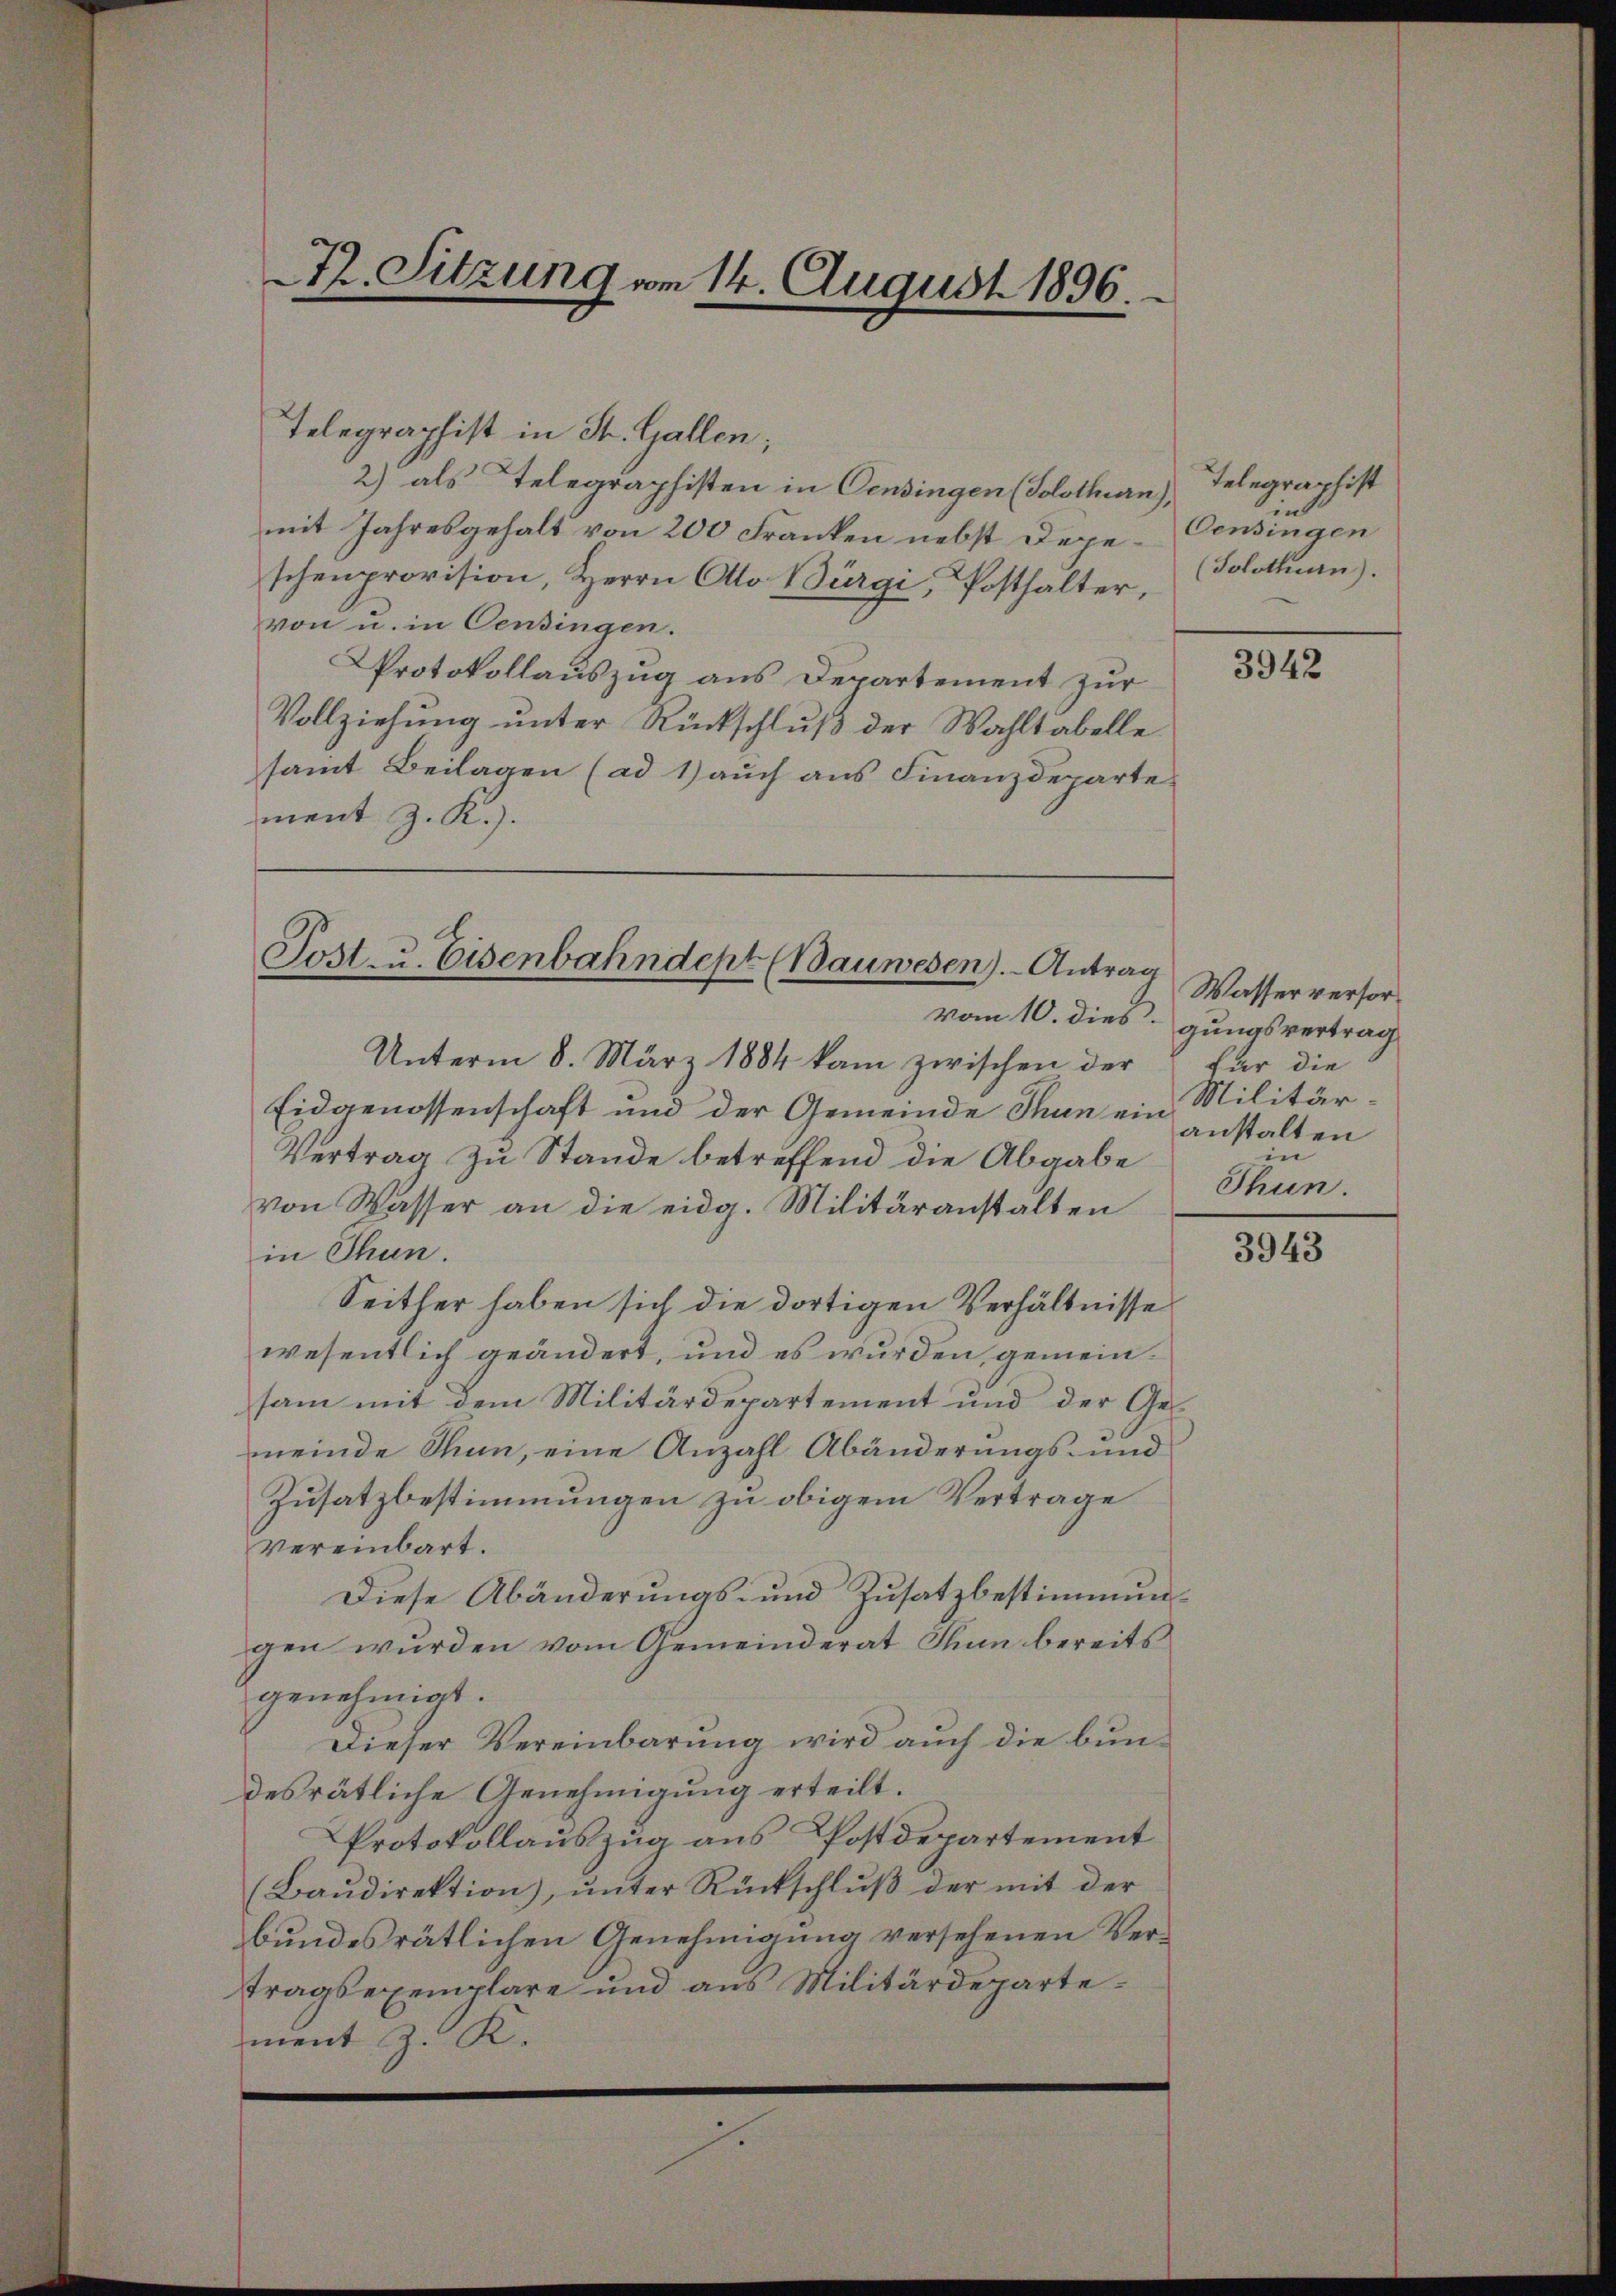
Telegraphist in St. Gallen;
2) als Telegraphisten in Censingen (Solothurn),
mit Jahresgehalt von 200 Franken nebst Depeschenprovision, Herrn Otto Bürgi, Posthalter,
von u. in Censingen.
Protokollauszug aus Departement zur
Vollziehung unter Rückschluß der Wahltabelle
samt Beilagen (ad 1) auch aus Finanzdeparte.
ment z. K.).

72. Sitzung vom 14. August 1896.

Post- u. Eisenbahndept (Bauwesen). Antrag

Unterm 8. März 1884 kam zwischen der
Eidgenossenschaft und der Gemeinde Thun ein Militär¬
Vertrag zu Stande betreffend die Abgabe
von Wasser an die eidg. Militäranstalten
in Thun.
Seither haben sich die dortigen Verhältnisse
wesentlich geändert, und es wurden, gemeinsam mit dem Militärdepartement und der Gemeinde Thun, eine Anzahl Abänderungs- und
Zusatzbestimmungen zu obigem Vertrage
vereinbart.
Diese Abänderungs- und Zusatz bestimmungen wurden vom Gemeinderat Thun bereits
genehmigt.
Dieser Vereinbarung wird auch die bundesrätliche Genehmigung erteilt.
Protokollauszug aus Postdepartement
(Baŭdirektion), ŭnter Rückschlŭβ der mit der
bundesrätlichen Genehmigung versehenen Vertragsexemplare und aus Militärdepartement z. K.

Telegraphist
in
Oensingen
(Solothurn).

3942

Wasser versorvom 10. dies gungsvertrag
für die
anstalten
in
Thun

3943